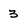
Character: 3